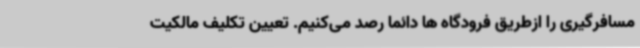
مسافرگیری را ازطریق فرودگاه ها دائماً رصد می‌کنیم. تعیین تکلیف مالکیت